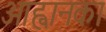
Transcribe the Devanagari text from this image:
आह्वानका